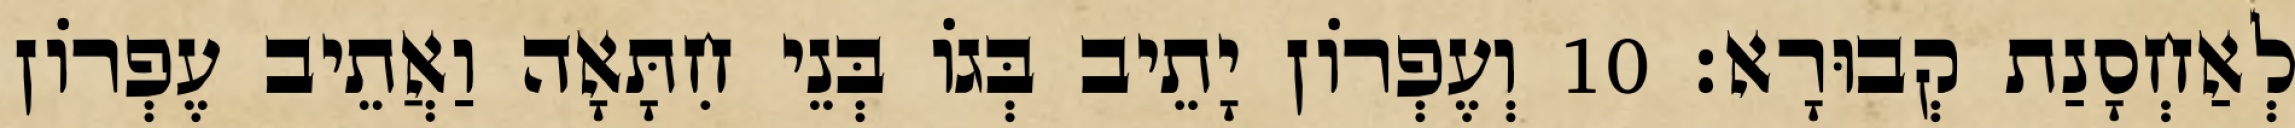
לְאַחְסָנַת קְבוּרָא׃ 10 וְעֶפְרוֹן יָתֵיב בְּגוֹ בְּנֵי חִתָּאָה וַאֲתֵיב עֶפְרוֹן